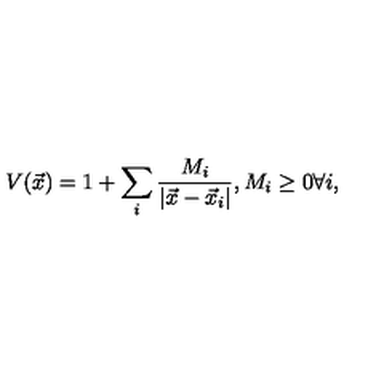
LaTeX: V ( \vec { x } ) = 1 + \sum _ { i } \frac { M _ { i } } { | \vec { x } - \vec { x } _ { i } | } , M _ { i } \geq 0 \forall i ,